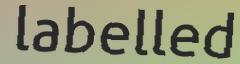
labelled